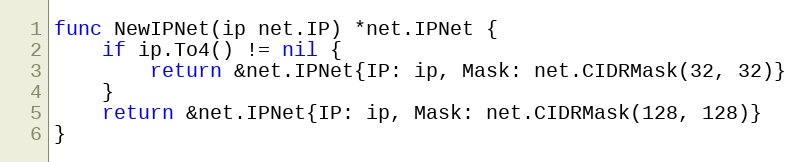
Language: Go
func NewIPNet(ip net.IP) *net.IPNet {
	if ip.To4() != nil {
		return &net.IPNet{IP: ip, Mask: net.CIDRMask(32, 32)}
	}
	return &net.IPNet{IP: ip, Mask: net.CIDRMask(128, 128)}
}